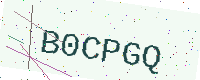
Text: B0CPGQ